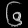
Digit: ၆